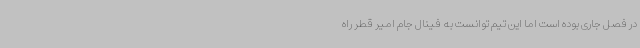
در فصل جاری بوده است اما این تیم توانست به فینال جام امیر قطر راه